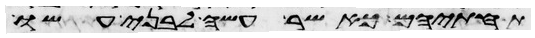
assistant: תחתיהם כאשר עשה לבני עשו